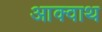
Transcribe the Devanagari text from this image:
आक्वाथ